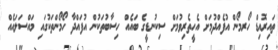
ތައިރޮއިޑް ހޯރމޯން އުފެއްދުމަށް އެހީތެރިވުމަށް ސިކުނޑީގެ ބައެއް ހިސާބުތަކުން އުފައްދާ ހޯމޯންތަކުގައި މައްސަލައެއް